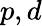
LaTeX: p,d